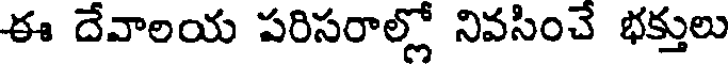
ఈ దేవాలయ పరిసరాల్లో నివసించే భక్తులు